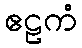
ဧဠကံ